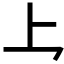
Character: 𪛚